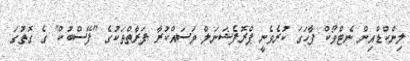
ލިންކްޑްއިން ނެޓްވޯކް ފާހަގަ ކުރެވެނީ ޕްރޮފެޝަނަލް މަސައްކުރާ ފަރާތްތަކުގެ "ފޭސްބުކް" ގެ ގޮތުގަ